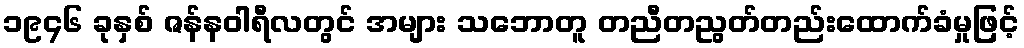
၁၉၄၆ ခုနှစ် ဇန်နဝါရီလတွင် အများ သဘောတူ တညီတညွတ်တည်းထောက်ခံမှုဖြင့်